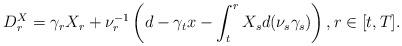
LaTeX: \begin{align*}D^X_r & = \gamma_r X_r + \nu_r^{-1} \left( d - \gamma_t x - \int_t^r X_s d(\nu_s\gamma_s) \right), r \in [t,T].\end{align*}